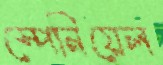
স্পেনিয়েল